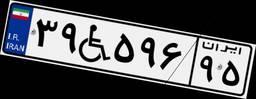
۶۲W۰۰۶۳۰